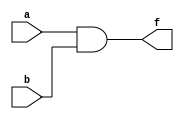
//AND gate using assign statement.


module andgt1 (f,a,b);
input a,b;
output f;
assign f=a&b;
endmodule